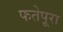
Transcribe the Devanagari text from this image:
फतेपूरा